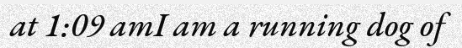
at 1:09 amI am a running dog of